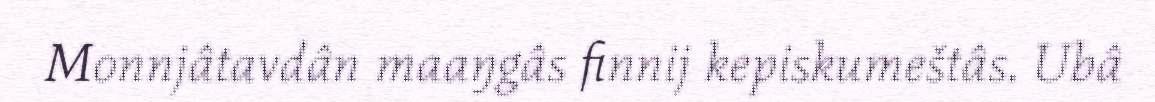
Monnjâtavdân maaŋgâs finnij kepiskumeštâs. Ubâ